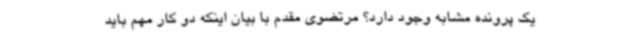
یک پرونده مشابه وجود دارد؟ مرتضوی مقدم با بیان اینکه دو کار مهم باید